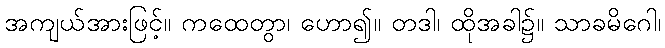
အကျယ်အားဖြင့်။ ကထေတွာ၊ ဟော၍။ တဒါ၊ ထိုအခါ၌။ သာခမိဂေါ၊